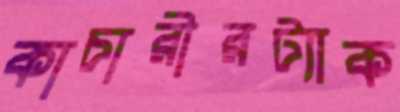
কাচারীরট্যাক